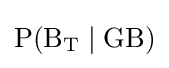
\mathrm {P(B_{T}\mid GB)}